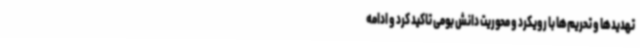
تهدیدها و تحریم‌ها با رویکرد و محوریت دانش بومی تاکید کرد و ادامه